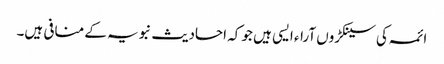
ائمہ کی سینکڑوں آراء ایسی ہیں جو کہ احادیث نبویہ کے منافی ہیں۔